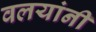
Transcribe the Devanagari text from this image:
वलयांनी